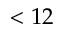
< 1 2